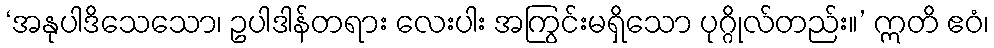
‘အနုပါဒိသေသော၊ ဥပါဒါန်တရား လေးပါး အကြွင်းမရှိသော ပုဂ္ဂိုလ်တည်း။’ ဣတိ ဧဝံ၊